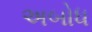
અબોધ